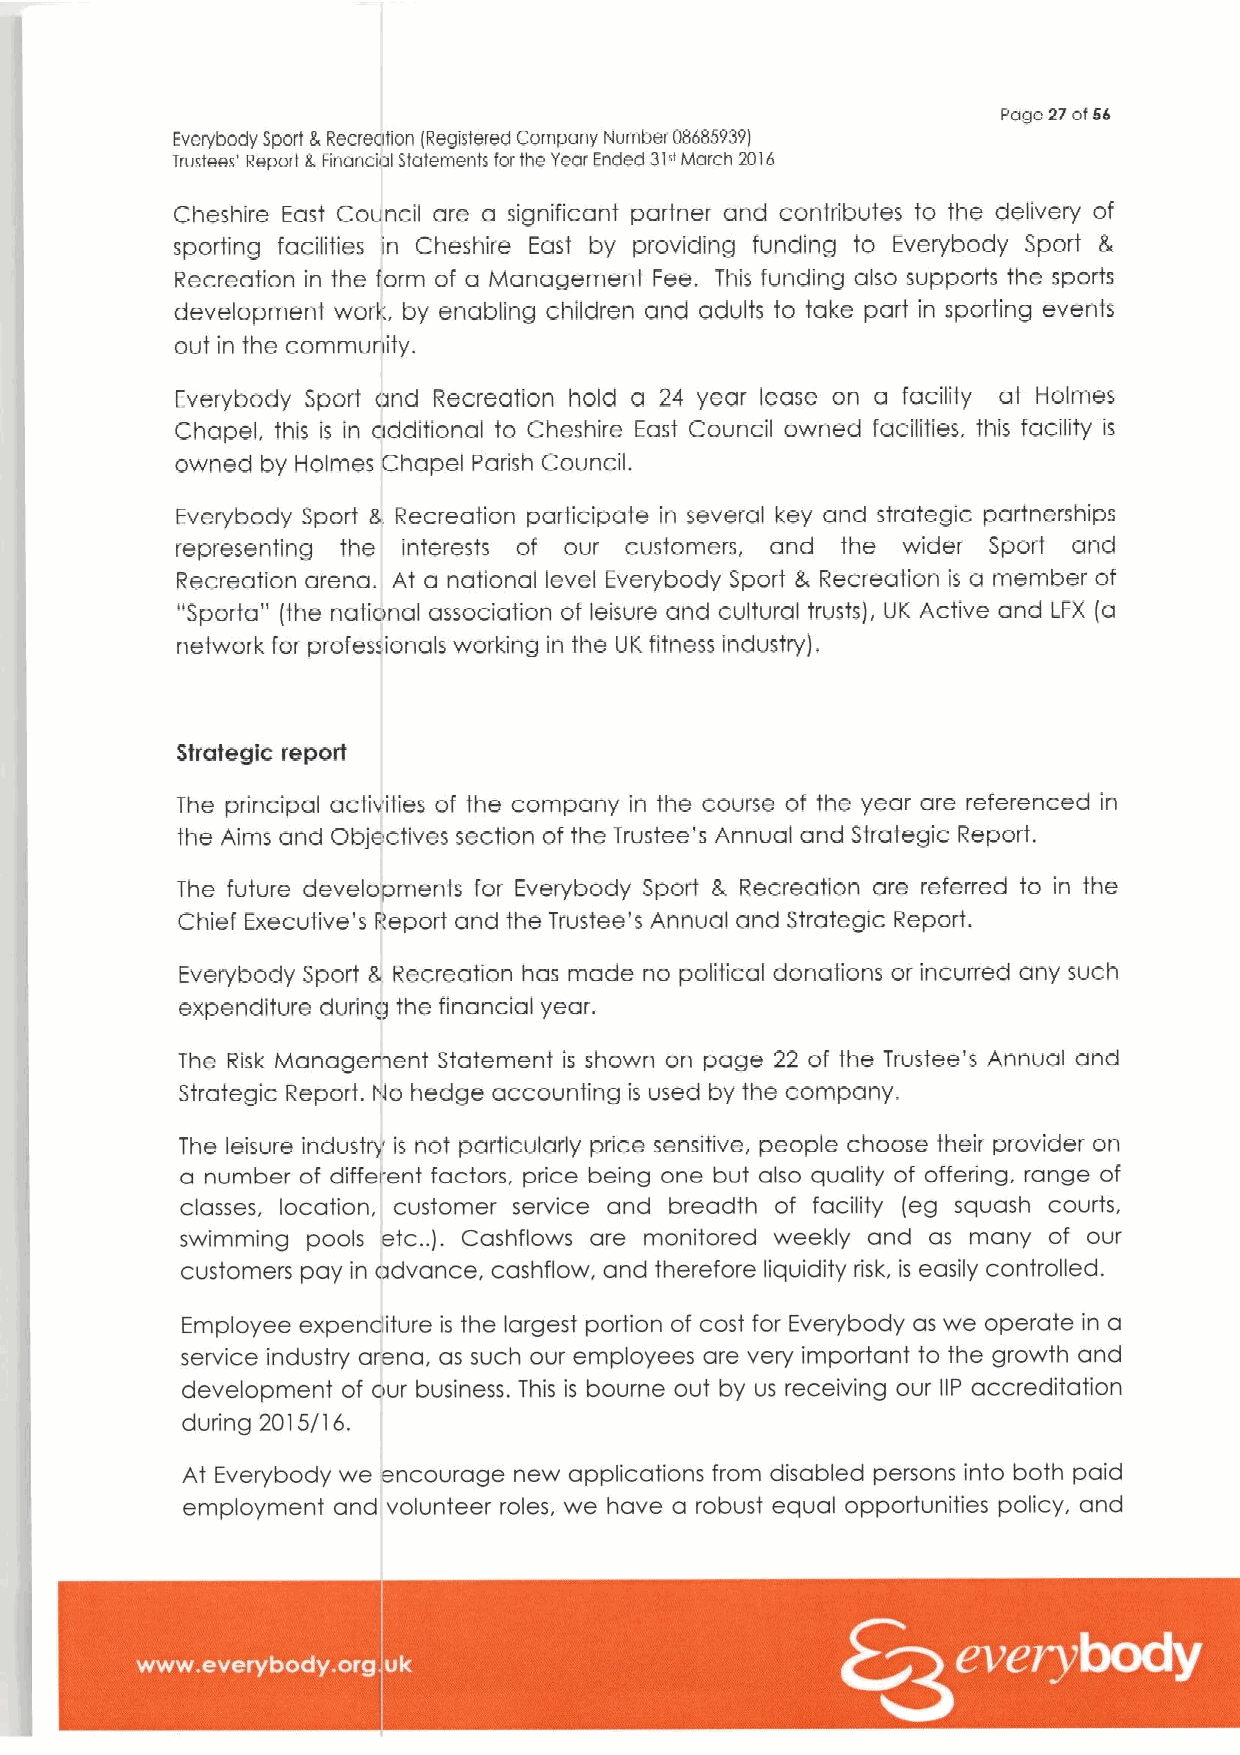
Page 2Tot5$
 Everybody Sport 8,Recreation (Registered Company Number 08685939l
 Trustees' Report 2.Financial Statements forthe Year Ended 31»March 20!6
 Cheshire East Council are a significant partner and contributes to the delivery of
 sporting facilities in Cheshire East by providing funding to Everybody Sport tt,
 Recreation in the form of a Management Fee. This funding also supports the sports
 develapment work, by enabling children and adults to take part in sporting events
 out in the community.
 Everybody Sport and Recreation hold a 24 year lease on a facility at Holmes
 Chapel, this is in additional to Cheshire East Council owned facilities, this facility is
 owned by Holmes Chapel Parish Council.
 Everybody Sport tk Recreation participate in several key and strategic partnerships
 representing the interests of our customers, and the wider Sport and
 Recreation arena. At a national level Everybody Sport 8, Recreation is a member of
 "Sporta" (the national association of leisure and cultural trusts), UK Active and LFX (a
 network for professionals working in the UK fitness industry),
 Strategic report
 The principal activities of the company in the course of the year are referenced in
 the Aims and Objectives section of the Trustee's Annual and Strategic Report.
 The future developments for Everybody Sport tk Recreation are referred to in the
 Chief Executive's Peport and the Trustee's Annual and Strategic Report.
 Everybody Sport 8, Recreation has made no political donations or incurred any such
 expenditure during the financial year.
 The Risk Managennent Statement is shown on page 22 of the Trustee's Annual and
 Strategic Report. hto hedge accounting is used by the company.
 The leisure industry is not particularly price sensitive, people choose their provider on
 a number of different factors, price being one but also quality of offering. range of
 classes, location, customer service and breadth of facility (eg squash courts,
 etc„).
 swimming pools     Cashf laws are monitored weekly and as many of our
 customers pay in advance, cashflow, and therefore liquidity risk, is easily controlled.
 Employee expenditure is the largest portion of cost for Everybody as we operate in a
 service industry arena, as such our employees are very important to the growth and
 development of our business. This is bourne out by us receiving our IIP accreditation
 during 2015/16.
 At Everybody we encourage new applications from disabled persons into both paid
 employment and volunteer roles, we have a robust equal opportunities policy, and
 0 ~ ~